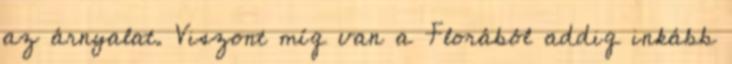
az árnyalat. Viszont míg van a Florából addig inkább